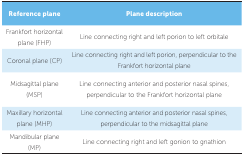
| Reference plane | Plane description |
 | --- | --- |
 | Frankfort horizontal plane (FHP) | Line connecting right and left porion to leftorbitale |
 | Coronal plane (CP) | Line connecting right and left porion,perpendicular to the Frankfort horizontal plane |
 | Midsagittal plane (MSP) | Line connecting anterior and posterior nasalspines, perpendicular to the Frankfort horizontal plane |
 | Maxillary horizontal plane (MHP) | Line connecting anterior and posterior nasalspines, perpendicular to the midsagittal plane |
 | Mandibular plane (MP) | Line connecting right and left gonion tognathion |